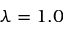
\lambda = 1 . 0